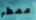
ممطر